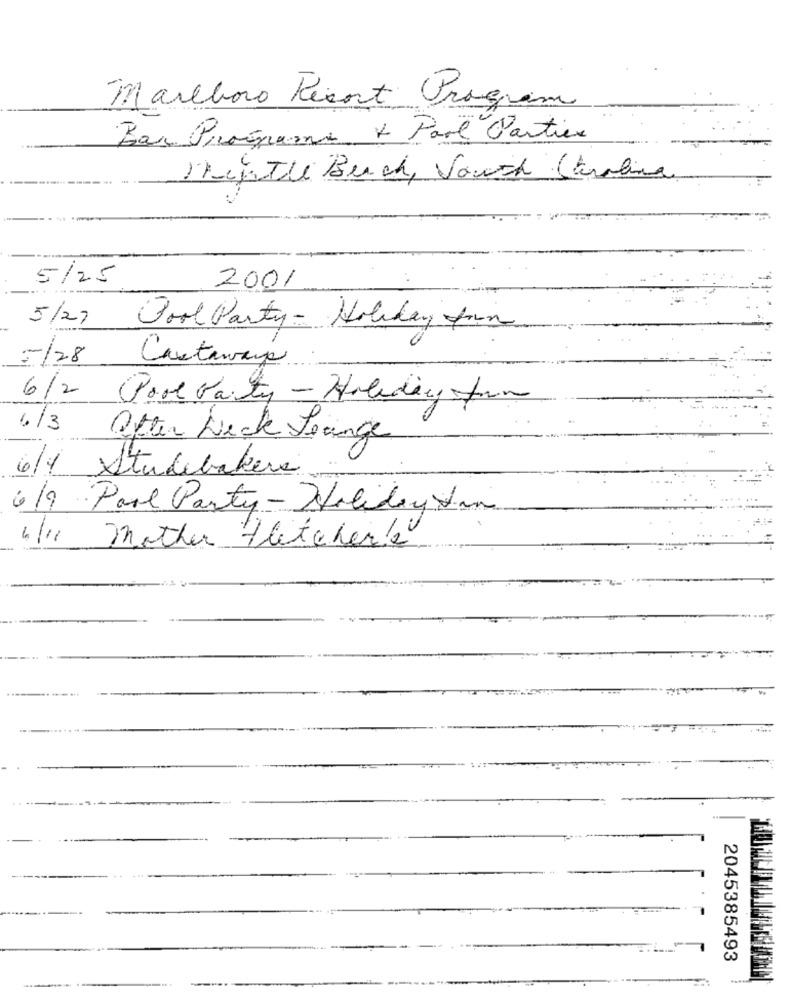
Marlboro Riant Program
Bar Programs + Parl Partier
Kentte Burch, Vouch Steralina
5/25
2001
5/27
Pool Party- Holiday trin
-128
Castaways
6/2 Pool Party - Holidayystem
4/3
Ofter Leck Leange
6/1 Studebakera
6/9 Parl Party - Holiday Van
" mother Fletcherbe
2045385493